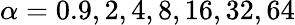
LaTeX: \alpha=0.9,2,4,8,16,32,64